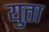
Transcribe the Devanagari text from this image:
युता